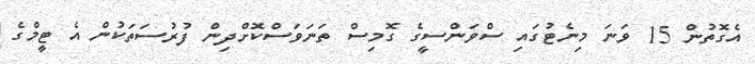
އެގޮތުން 15 ވަނަ މިނެޓުގައި ސްވަންސީގެ ގޮމިސް ތަނަވަސްކޮށްދިން ފުރުސަތަކުން އެ ޓީމްގެ